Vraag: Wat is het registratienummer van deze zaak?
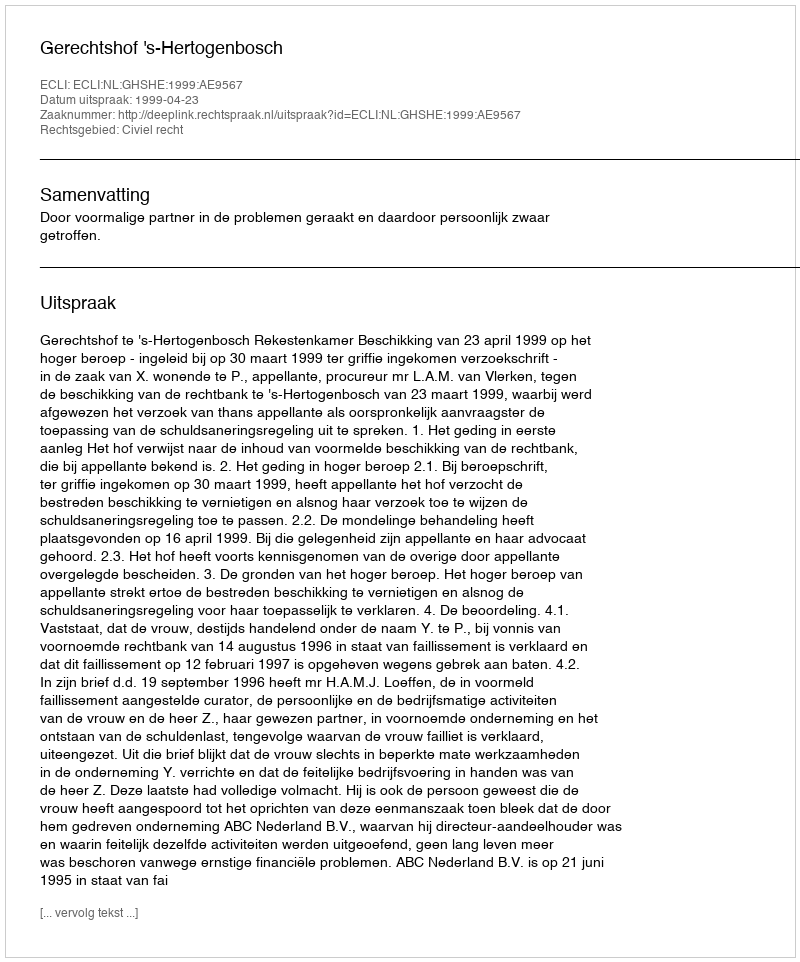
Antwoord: http://deeplink.rechtspraak.nl/uitspraak?id=ECLI:NL:GHSHE:1999:AE9567